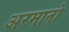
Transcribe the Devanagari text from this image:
अरमानो